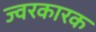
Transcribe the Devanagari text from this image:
ज्‍वरकारक